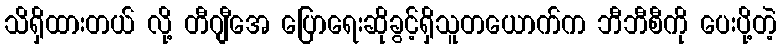
သိရှိထားတယ် လို့ တီဂျီအေ ပြောရေးဆိုခွင့်ရှိသူတယောက်က ဘီဘီစီကို ပေးပို့တဲ့